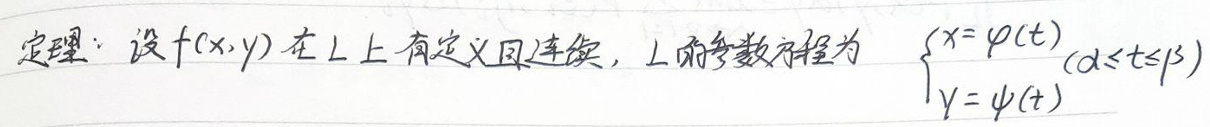
定理：设\(f(x,y)\)在上有定义且连续，上的参数方程为\(\begin{cases}x = \varphi(t) \\ y = \psi(t)\end{cases}\ (a\leq t\leq b)\)